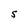
Character: S